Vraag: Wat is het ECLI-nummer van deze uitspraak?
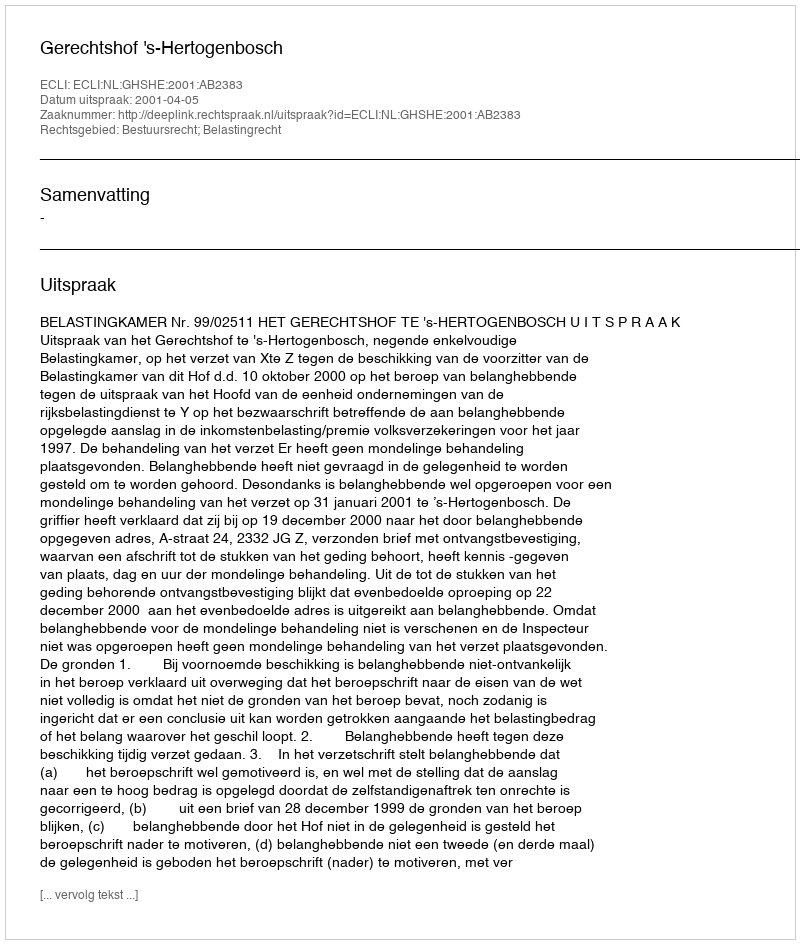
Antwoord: ECLI:NL:GHSHE:2001:AB2383